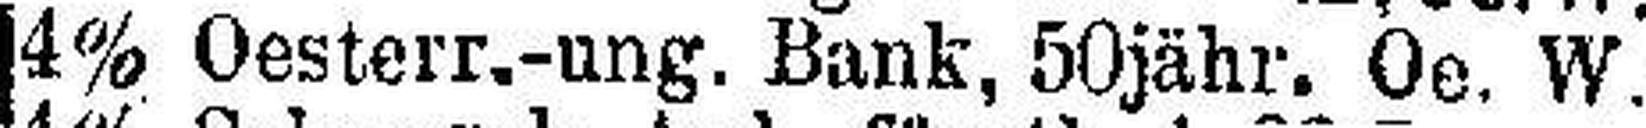
4% Oesterr.-ung. Bank, 50jähr. Oe. W.